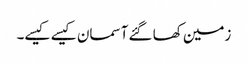
زمین کھا گئے آسمان کیسے کیسے۔